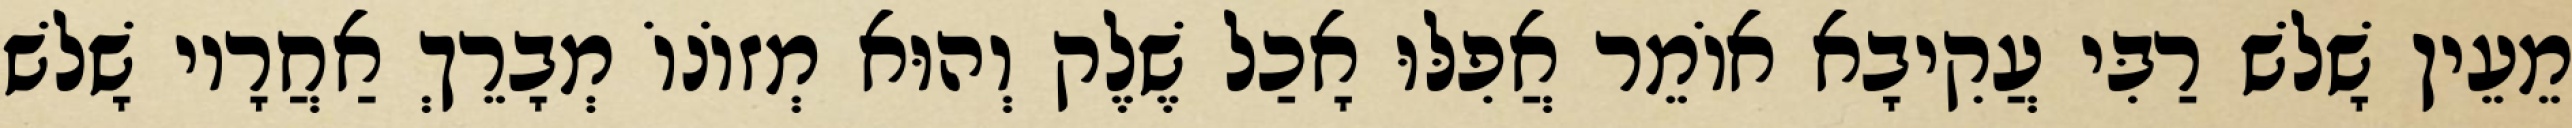
מֵעֵין שָׁלשׁ רַבִּי עֲקִיבָא אוֹמֵר אֲפִלּוּ אָכַל שֶׁלֶק וְהוּא מְזוֹנוֹ מְבָרֵךְ אַחֲרָיו שָׁלשׁ